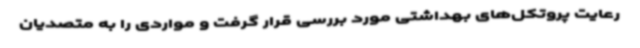
رعایت پروتکل‌های بهداشتی مورد بررسی قرار گرفت و مواردی را به متصدیان